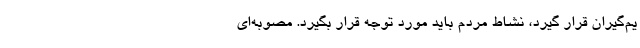
یم‌گیران قرار گیرد، نشاط مردم باید مورد توجه قرار بگیرد. مصوبه‌ای